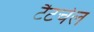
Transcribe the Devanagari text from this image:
टैटचेल